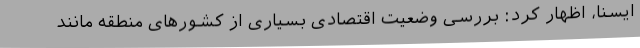
ایسنا، اظهار کرد: بررسی وضعیت اقتصادی بسیاری از کشورهای منطقه مانند